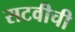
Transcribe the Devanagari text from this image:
सटवीची